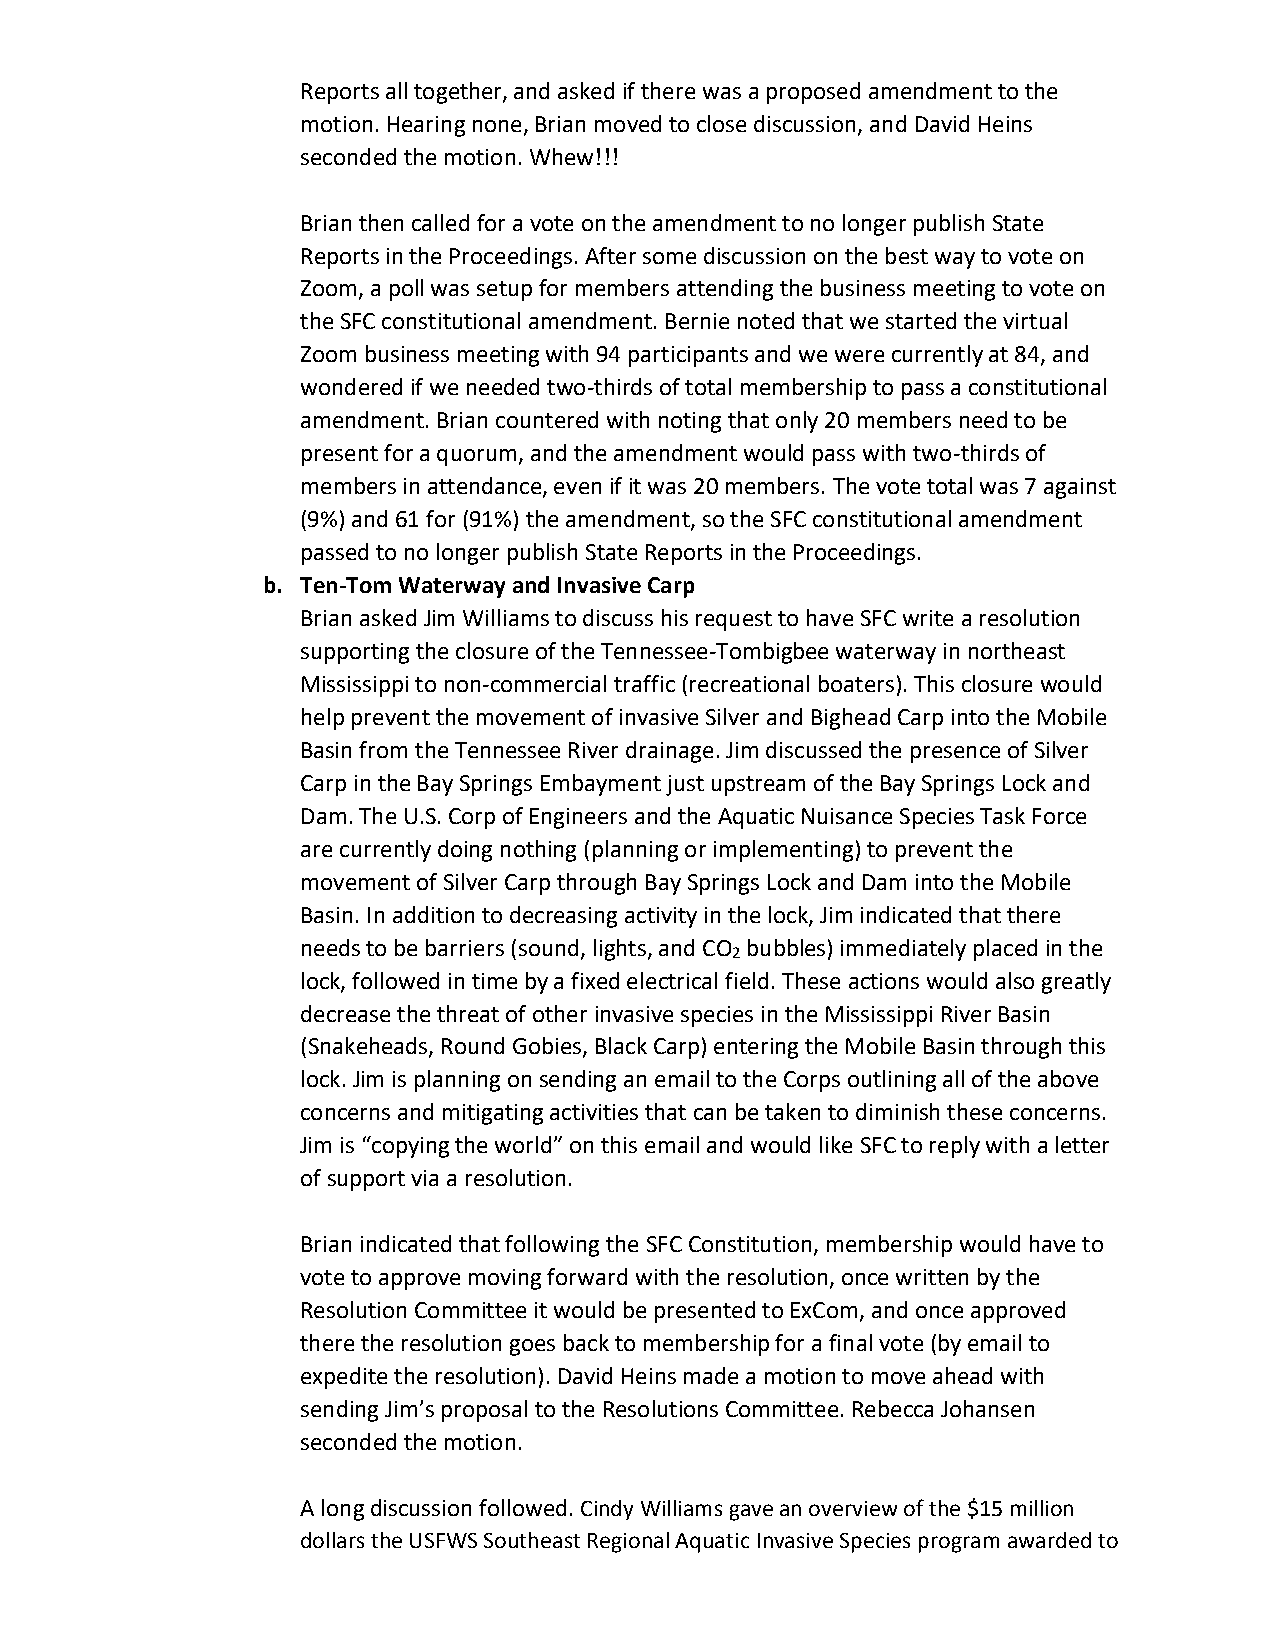
Reports all together, and asked if there was a proposed amendment to the
 motion. Hearing none, Brian moved to close discussion, and David Heins
 seconded the motion. Whew!!!
 Brian then called for a vote on the amendment to no longer publish State
 Reports in the Proceedings. After some discussion on the best way to vote on
 Zoom, a poll was setup for members attending the business meeting to vote on
 the SFC constitutional amendment. Bernie noted that we started the virtual
 Zoom business meeting with 94 participants and we were currently at 84, and
 wondered if we needed two-thirds of total membership to pass a constitutional
 amendment. Brian countered with noting that only 20 members need to be
 present for a quorum, and the amendment would pass with two-thirds of
 members in attendance, even if it was 20 members. The vote total was 7 against
 (9%) and 61 for (91%) the amendment, so the SFC constitutional amendment
 passed to no longer publish State Reports in the Proceedings.
 b. Ten-Tom Waterway and Invasive Carp
 Brian asked Jim Williams to discuss his request to have SFC write a resolution
 supporting the closure of the Tennessee-Tombigbee waterway in northeast
 Mississippi to non-commercial traffic (recreational boaters). This closure would
 help prevent the movement of invasive Silver and Bighead Carp into the Mobile
 Basin from the Tennessee River drainage. Jim discussed the presence of Silver
 Carp in the Bay Springs Embayment just upstream of the Bay Springs Lock and
 Dam. The U.S. Corp of Engineers and the Aquatic Nuisance Species Task Force
 are currently doing nothing (planning or implementing) to prevent the
 movement of Silver Carp through Bay Springs Lock and Dam into the Mobile
 Basin. In addition to decreasing activity in the lock, Jim indicated that there
 needs to be barriers (sound, lights, and CO bubbles) immediately placed in the
 2
 lock, followed in time by a fixed electrical field. These actions would also greatly
 decrease the threat of other invasive species in the Mississippi River Basin
 (Snakeheads, Round Gobies, Black Carp) entering the Mobile Basin through this
 lock. Jim is planning on sending an email to the Corps outlining all of the above
 concerns and mitigating activities that can be taken to diminish these concerns.
 Jim is “copying the world” on this email and would like SFC to reply with a letter
 of support via a resolution.
 Brian indicated that following the SFC Constitution, membership would have to
 vote to approve moving forward with the resolution, once written by the
 Resolution Committee it would be presented to ExCom, and once approved
 there the resolution goes back to membership for a final vote (by email to
 expedite the resolution). David Heins made a motion to move ahead with
 sending Jim’s proposal to the Resolutions Committee. Rebecca Johansen
 seconded the motion.
 A long discussion followed. Cindy Williams gave an overview of the $15 million
 dollars the USFWS Southeast Regional Aquatic Invasive Species program awarded to